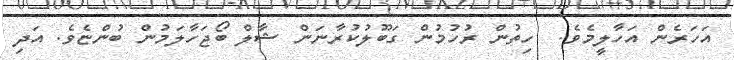
އަހަރެން އަހާލީމެވެ.  ހިތުން ރުހުމުން ގަބޫލުކުރާނަން ޝާލް ބޯޖަހާލަމުން ބުންޏެވެ. އަދި